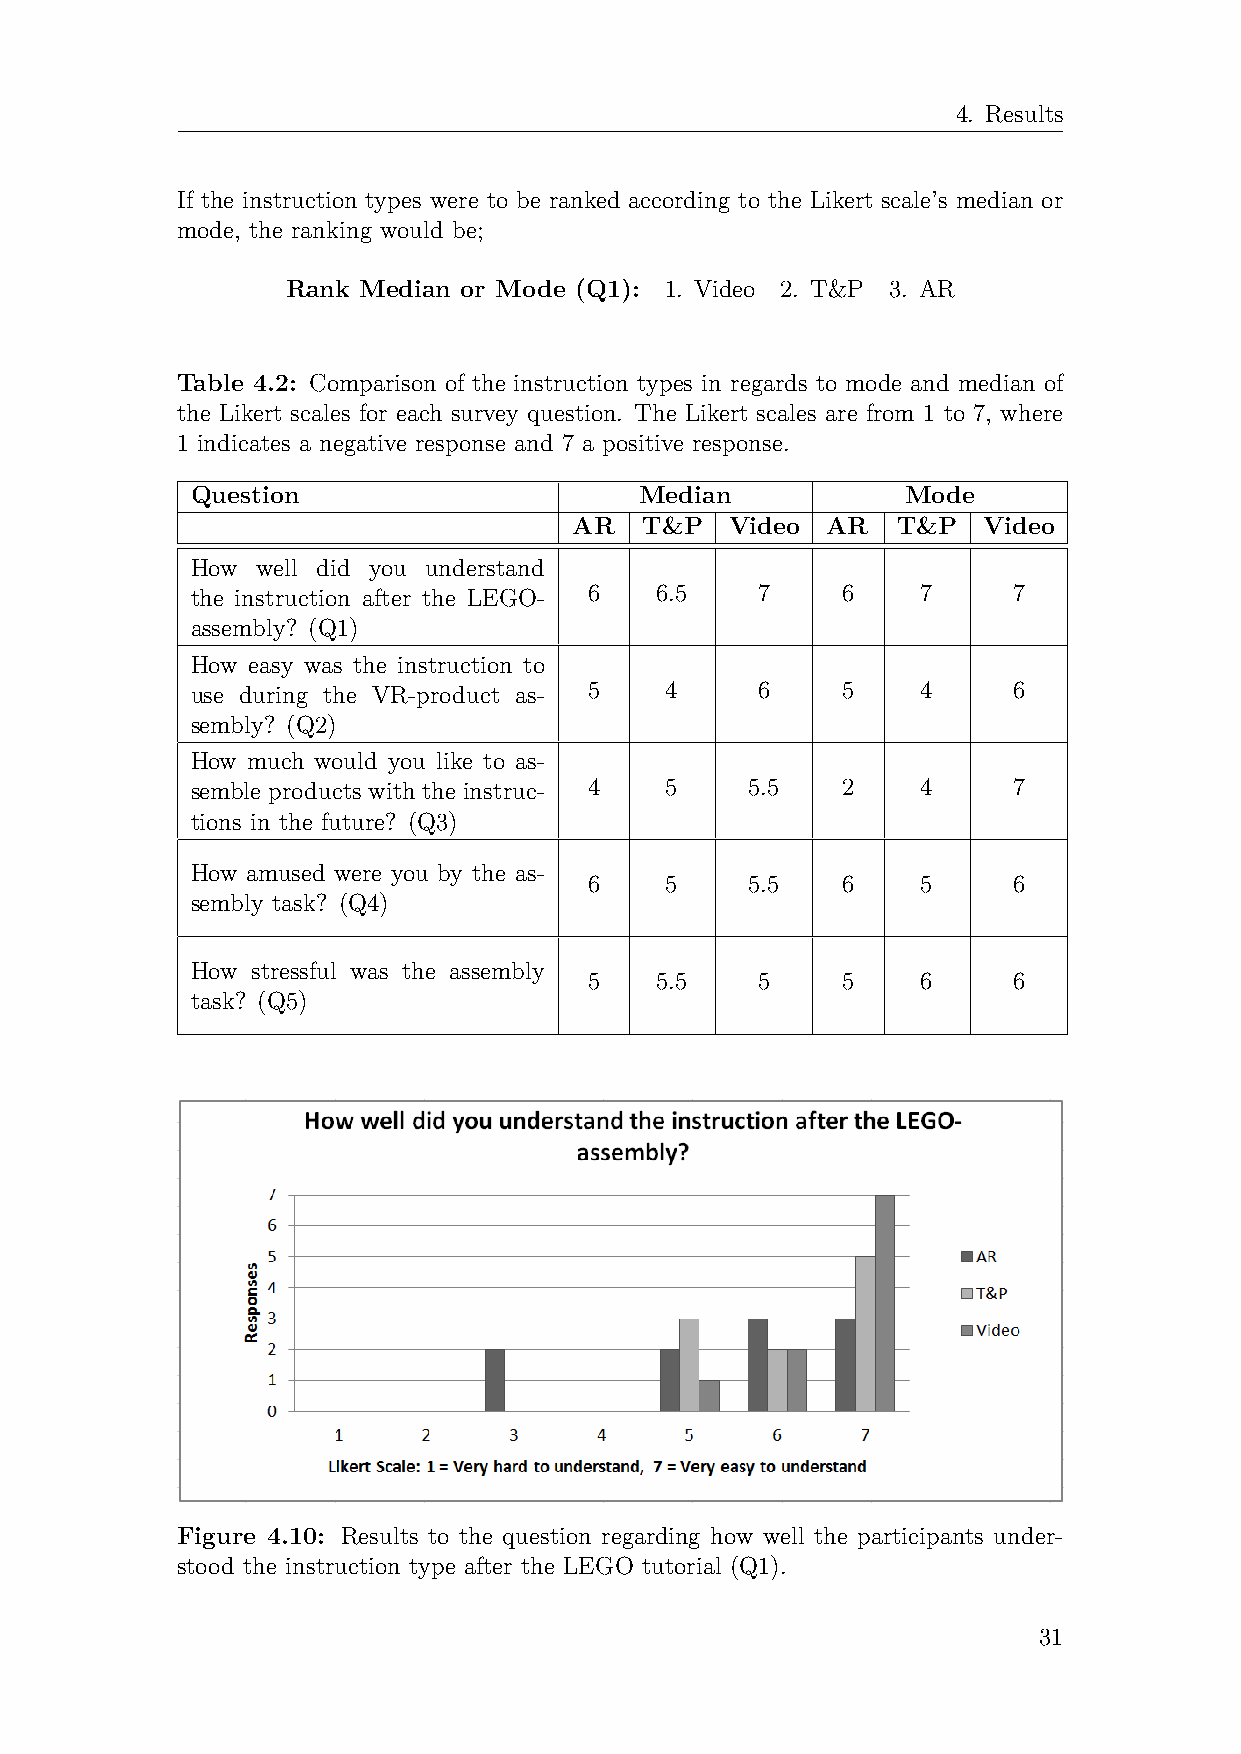
4. Results
 If the instruction types were to be ranked according to the Likert scale’s median or
 mode, the ranking would be;
 Rank Median or Mode (Q1): 1. Video 2. T&P 3. AR
 Table 4.2: Comparison of the instruction types in regards to mode and median of
 the Likert scales for each survey question. The Likert scales are from 1 to 7, where
 1 indicates a negative response and 7 a positive response.
 Question                     Median            Mode
 AR  T&P   Video  AR  T&P   Video
 How well did you understand
 the instruction after the LEGO- 6 6.5 7    6    7     7
 assembly? (Q1)
 How easy was the instruction to
 use during the VR-product as- 5 4    6     5    4     6
 sembly? (Q2)
 How much would you like to as-
 semble products with the instruc- 4 5 5.5  2    4     7
 tions in the future? (Q3)
 How amused were you by the as-
 6    5     5.5   6    5     6
 sembly task? (Q4)
 How stressful was the assembly
 5   5.5    5     5    6     6
 task? (Q5)
 Figure 4.10: Results to the question regarding how well the participants under-
 stood the instruction type after the LEGO tutorial (Q1).
 31